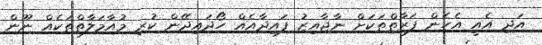
އަދި އެއީ އެހެން ފަރާތްތަކަށް ނާޖާއިޒު ފައިދާއެއް ހޯދައިދޭން ކުރި މުއާމަލާތްތަކެއް ނޫން